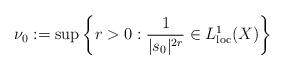
LaTeX: \begin{align*}\nu_0:= \sup\left\{r> 0: \frac{1}{|s_{0}|^{2r}}\in L^1_{\rm loc}(X)\right\} \end{align*}